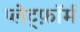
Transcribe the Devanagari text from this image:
प्लेट्फ़ॉर्म